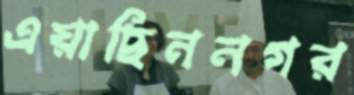
এয়াছিননগর